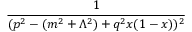
{ \frac { 1 } { ( p ^ { 2 } - ( m ^ { 2 } + \Lambda ^ { 2 } ) + q ^ { 2 } x ( 1 - x ) ) ^ { 2 } } }